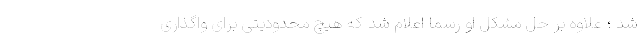
شد ؛ علاوه بر حل مشکل او رسما اعلام شد که هیچ محدودیتی برای واگذاری